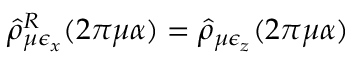
\hat { \rho } _ { \mu \epsilon _ { x } } ^ { R } ( 2 \pi \mu \alpha ) = \hat { \rho } _ { \mu \epsilon _ { z } } ( 2 \pi \mu \alpha ) ~ ~ ~